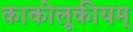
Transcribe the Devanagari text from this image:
काकोलूकीयम्